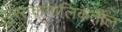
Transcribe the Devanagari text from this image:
पुस्तकमालिकेतील